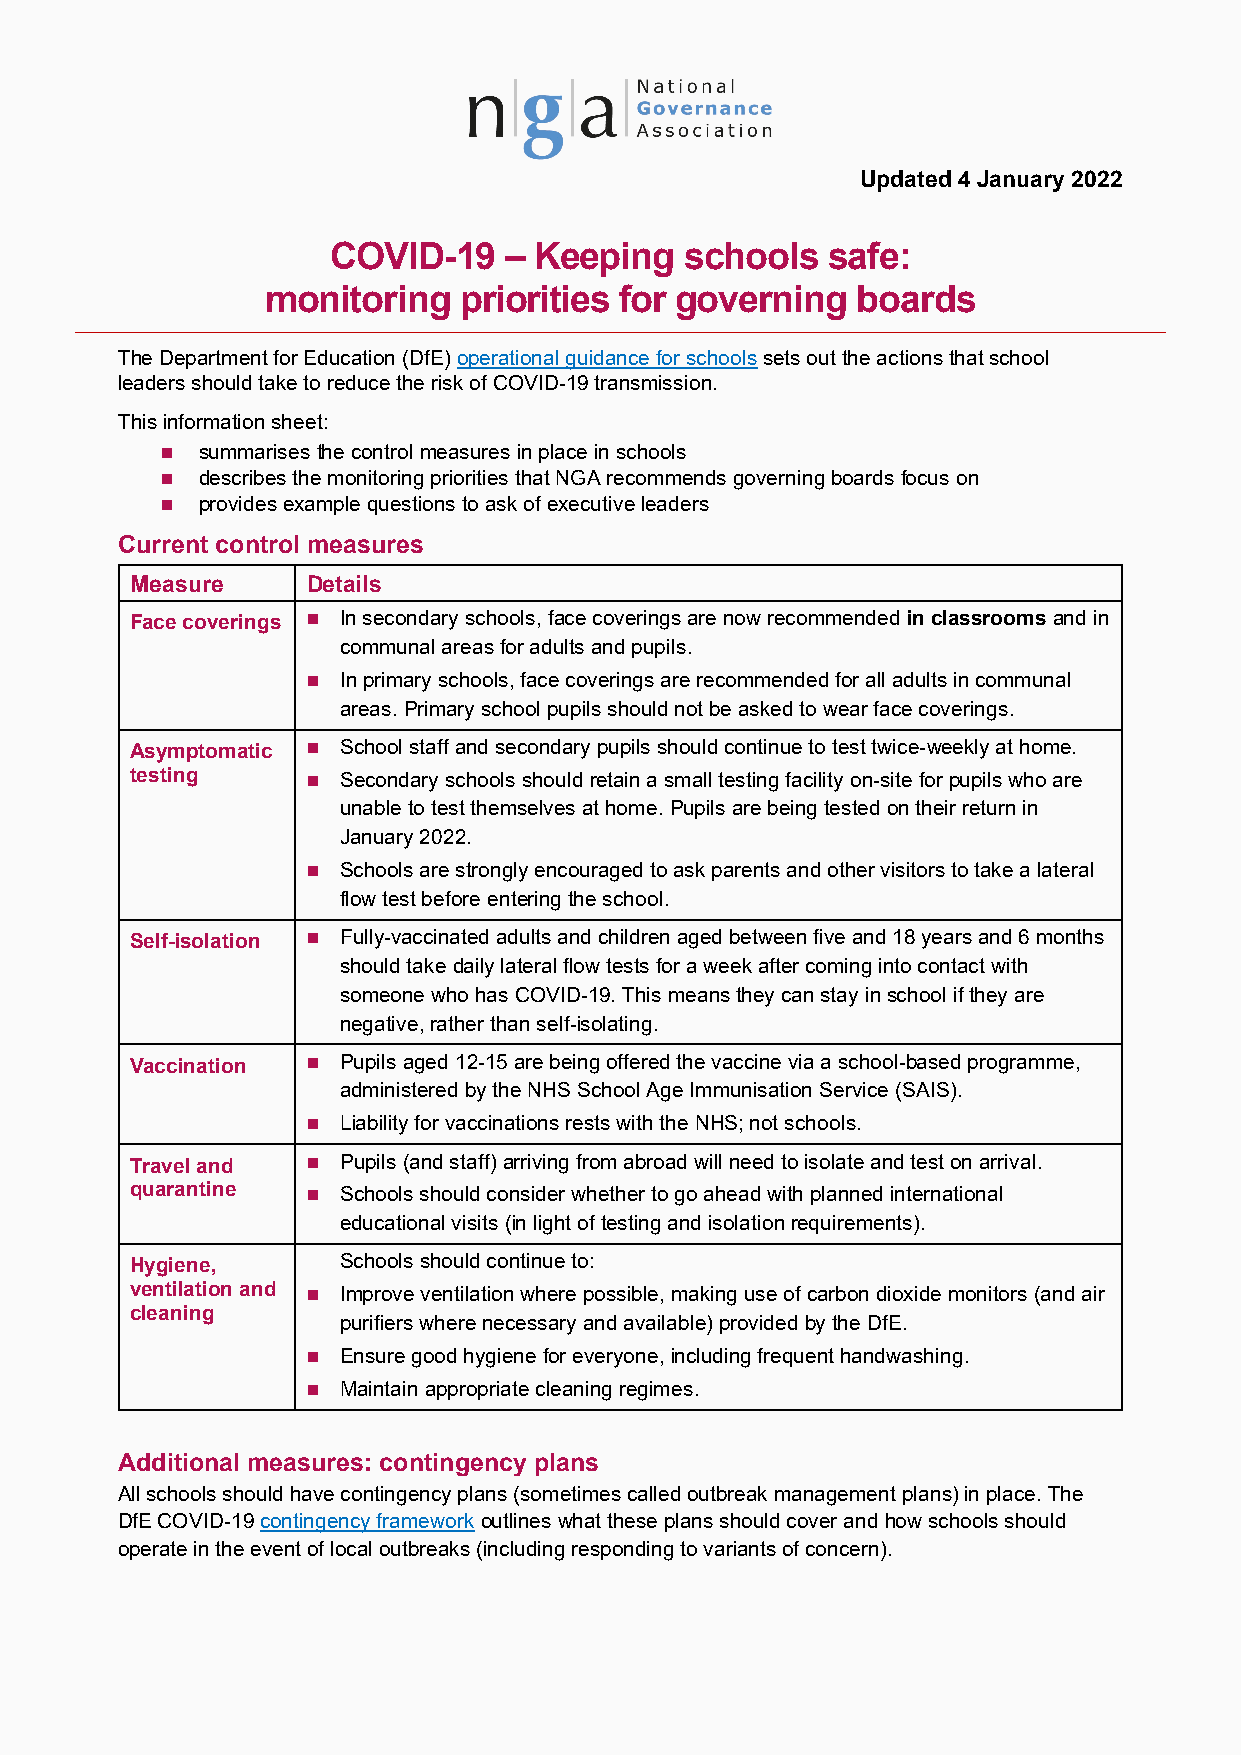
Updated 4 January 2022
 COVID-19   – Keeping   schools   safe:
 monitoring  priorities for governing   boards
 The Department for Education (DfE) operational guidance for schools sets out the actions that school
 leaders should take to reduce the risk of COVID-19 transmission.
 This information sheet:
  summarises the control measures in place in schools
  describes the monitoring priorities that NGA recommends governing boards focus on
  provides example questions to ask of executive leaders
 Current control measures
 Measure    Details
 Face coverings  In secondary schools, face coverings are now recommended in classrooms and in
 communal areas for adults and pupils.
   In primary schools, face coverings are recommended for all adults in communal
 areas. Primary school pupils should not be asked to wear face coverings.
 Asymptomatic  School staff and secondary pupils should continue to test twice-weekly at home.
 testing      Secondary schools should retain a small testing facility on-site for pupils who are
 unable to test themselves at home. Pupils are being tested on their return in
 January 2022.
   Schools are strongly encouraged to ask parents and other visitors to take a lateral
 flow test before entering the school.
 Self-isolation  Fully-vaccinated adults and children aged between five and 18 years and 6 months
 should take daily lateral flow tests for a week after coming into contact with
 someone who has COVID-19. This means they can stay in school if they are
 negative, rather than self-isolating.
 Vaccination  Pupils aged 12-15 are being offered the vaccine via a school-based programme,
 administered by the NHS School Age Immunisation Service (SAIS).
   Liability for vaccinations rests with the NHS; not schools.
 Travel and   Pupils (and staff) arriving from abroad will need to isolate and test on arrival.
 quarantine   Schools should consider whether to go ahead with planned international
 educational visits (in light of testing and isolation requirements).
 Hygiene,      Schools should continue to:
 ventilation and  Improve ventilation where possible, making use of carbon dioxide monitors (and air
 cleaning
 purifiers where necessary and available) provided by the DfE.
   Ensure good hygiene for everyone, including frequent handwashing.
   Maintain appropriate cleaning regimes.
 Additional measures: contingency plans
 All schools should have contingency plans (sometimes called outbreak management plans) in place. The
 DfE COVID-19 contingency framework outlines what these plans should cover and how schools should
 operate in the event of local outbreaks (including responding to variants of concern).